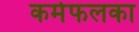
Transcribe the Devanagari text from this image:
कर्मफलका